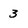
Character: 3